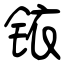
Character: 铱